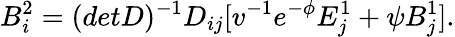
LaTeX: B_{i}^{2}=(detD)^{-1}D_{ij}[v^{-1}e^{-\phi}E_{j}^{1}+\psi B_{j}^{1}].